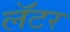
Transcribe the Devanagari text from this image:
लॅटर